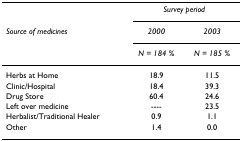
<table><thead><tr><td></td><td colspan="2"><b><i>Survey period</i></b></td></tr><tr><td><b><i>Source of medicines</i></b></td><td><b><i>2000</i></b></td><td><b><i>2003</i></b></td></tr><tr><td></td><td><b><i>N = 184 %</i></b></td><td><b><i>N = 185 %</i></b></td></tr></thead><tbody><tr><td>Herbs at Home</td><td>18.9</td><td>11.5</td></tr><tr><td>Clinic/Hospital</td><td>18.4</td><td>39.3</td></tr><tr><td>Drug Store</td><td>60.4</td><td>24.6</td></tr><tr><td>Left over medicine</td><td>----</td><td>23.5</td></tr><tr><td>Herbalist/Traditional Healer</td><td>0.9</td><td>1.1</td></tr><tr><td>Other</td><td>1.4</td><td>0.0</td></tr></tbody></table>